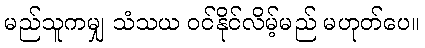
မည်သူကမျှ သံသယ ဝင်နိုင်လိမ့်မည် မဟုတ်ပေ။